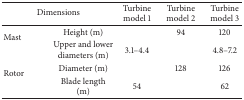
<table><thead><tr><td colspan="2"><b>Dimensions</b></td><td><b>Turbine model 1</b></td><td><b>Turbine model 2</b></td><td><b>Turbine model 3</b></td></tr></thead><tbody><tr><td rowspan="2">Mast</td><td>Height (m)</td><td>[EMPTY_CELL]</td><td>94</td><td>120</td></tr><tr><td>Upper and lower diameters (m)</td><td>3.1–4.4</td><td>[EMPTY_CELL]</td><td>4.8–7.2</td></tr><tr><td rowspan="2">Rotor</td><td>Diameter (m)</td><td>[EMPTY_CELL]</td><td>128</td><td>126</td></tr><tr><td>Blade length (m)</td><td>54</td><td>[EMPTY_CELL]</td><td>62</td></tr></tbody></table>